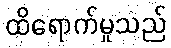
ထိရောက်မှုသည်